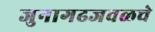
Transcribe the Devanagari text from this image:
जुनागढजवळचे